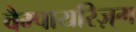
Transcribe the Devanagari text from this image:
वैम्पायरिज़्म